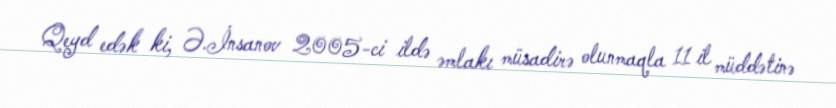
Qeyd edək ki, Ə.İnsanov 2005-ci ildə əmlakı müsadirə olunmaqla 11 il müddətinə